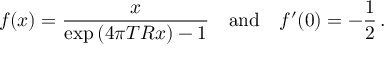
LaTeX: f ( x ) = \frac { x } { \exp { ( 4 \pi T R x ) } - 1 } \quad \mathrm { a n d } \quad f ^ { \prime } ( 0 ) = - \frac { 1 } { 2 } \, { . }